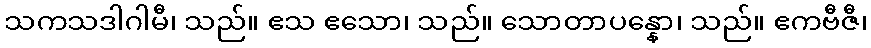
သကသဒါဂါမီ၊ သည်။ ဧသ ဧသော၊ သည်။ သောတာပန္နော၊ သည်။ ဧကဗီဇီ၊